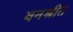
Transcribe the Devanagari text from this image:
वनश्रीत